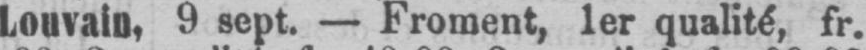
Louvain, 9 sept. - Froment, 1er qualité, fr.